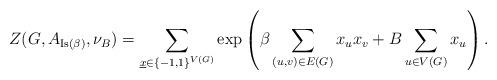
LaTeX: \begin{align*}Z(G,A_{\mathrm{Is(\beta)}},\nu_B)=\sum_{\underline{x}\in \{-1,1\}^{V(G)}}\exp \left( \beta \sum_{(u,v)\in E(G)}x_ux_v+B\sum_{u\in V(G)}x_u\right).\end{align*}